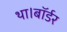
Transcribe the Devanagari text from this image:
था।बॉर्डर